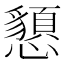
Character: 𢤧